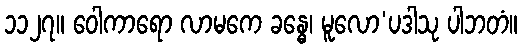
၁၁၂၇။ ဝေါကာရော လာမကေ ခန္ဓေ၊ မူလော’ပဒါသု ပါဘတံ။